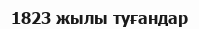
1823 жылы туғандар